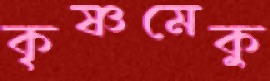
কৃষ্ণমেকু